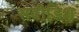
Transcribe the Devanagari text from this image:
सवीडिश